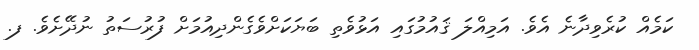
ކަމެއް ކުރެވިދާނެ އެވެ. އަމިއްލަ ޤައުމުގައި އަޅުވެތި ބަޔަކަށްވެގެންދިއުމަށް ފުރުސަތު ނުދޭށެވެ. ފ.